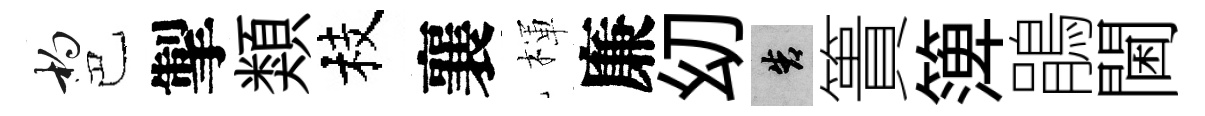
杓巴掣類枝襄楎廉㓜告簣𥱼鵑閫